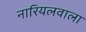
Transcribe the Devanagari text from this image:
नारियलवाला